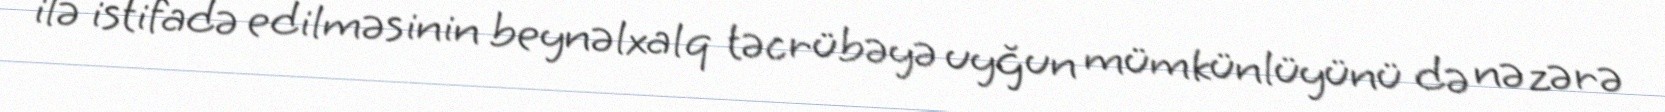
ilə istifadə edilməsinin beynəlxalq təcrübəyə uyğun mümkünlüyünü də nəzərə